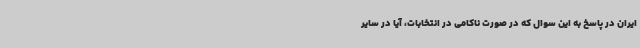
ایران در پاسخ به این سوال که در صورت ناکامی در انتخابات، آیا در سایر